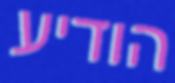
הודיע